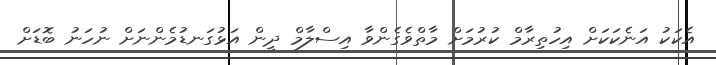
އެކަކު އަނެކަކަށް އިހުތިރާމް ކުރުމަށް މާތްވެގެންވާ އިސްލާމް ދީން އަޅުގަނޑުމެންނަށް ނުހަނު ބޮޑަށް